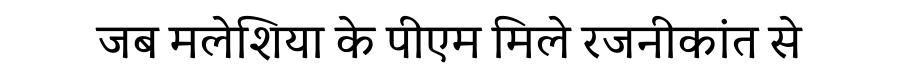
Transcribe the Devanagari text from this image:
जब मलेशिया के पीएम मिले रजनीकांत से